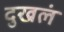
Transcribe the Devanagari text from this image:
दुखलं